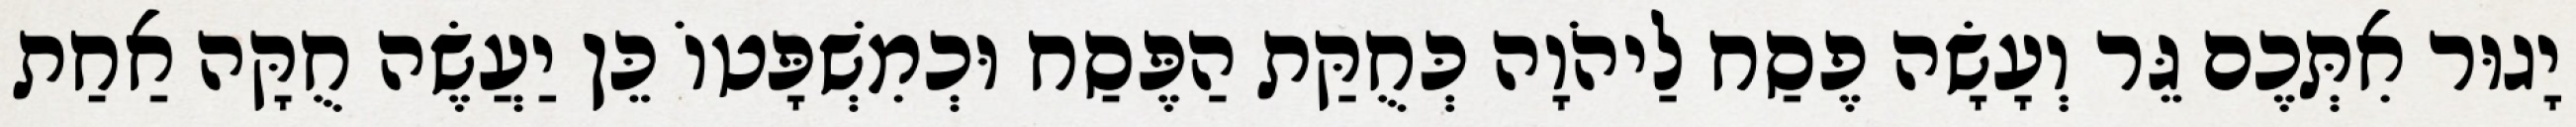
יָגוּר אִתְּכֶם גֵּר וְעָשָׂה פֶסַח לַיהֹוָה כְּחֻקַּת הַפֶּסַח וּכְמִשְׁפָּטוֹ כֵּן יַעֲשֶׂה חֻקָּה אַחַת